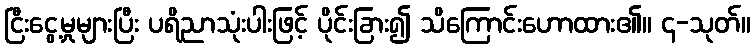
ငြီးငွေ့မှုများပြီး ပရိညာသုံးပါးဖြင့် ပိုင်းခြား၍ သိကြောင်းဟောထား၏။ ၄-သုတ်။